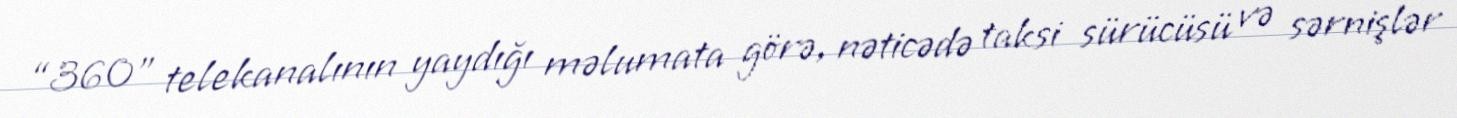
“360” telekanalının yaydığı məlumata görə, nəticədə taksi sürücüsü və sərnişlər